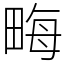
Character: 畮